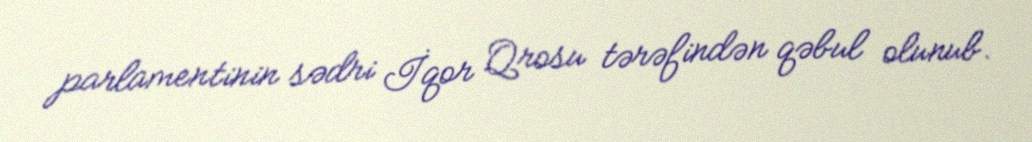
parlamentinin sədri İqor Qrosu tərəfindən qəbul olunub.